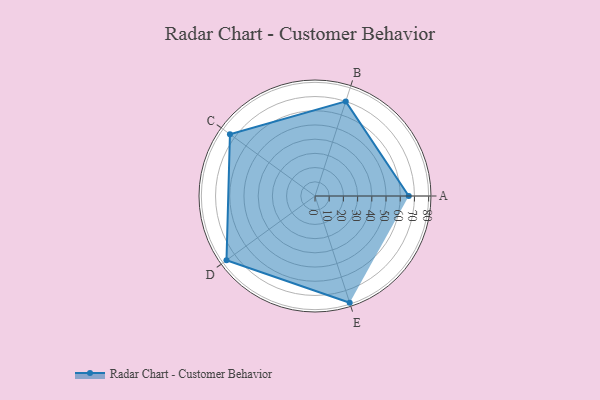
{"axis": {"x": "Skill", "y": "Score"}, "legend": ["Profile"], "data": [{"x": "A", "y": 66.0, "type": "Profile"}, {"x": "B", "y": 70.0, "type": "Profile"}, {"x": "C", "y": 74.0, "type": "Profile"}, {"x": "D", "y": 77.0, "type": "Profile"}, {"x": "E", "y": 79.0, "type": "Profile"}]}